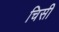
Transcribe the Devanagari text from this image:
चिसी